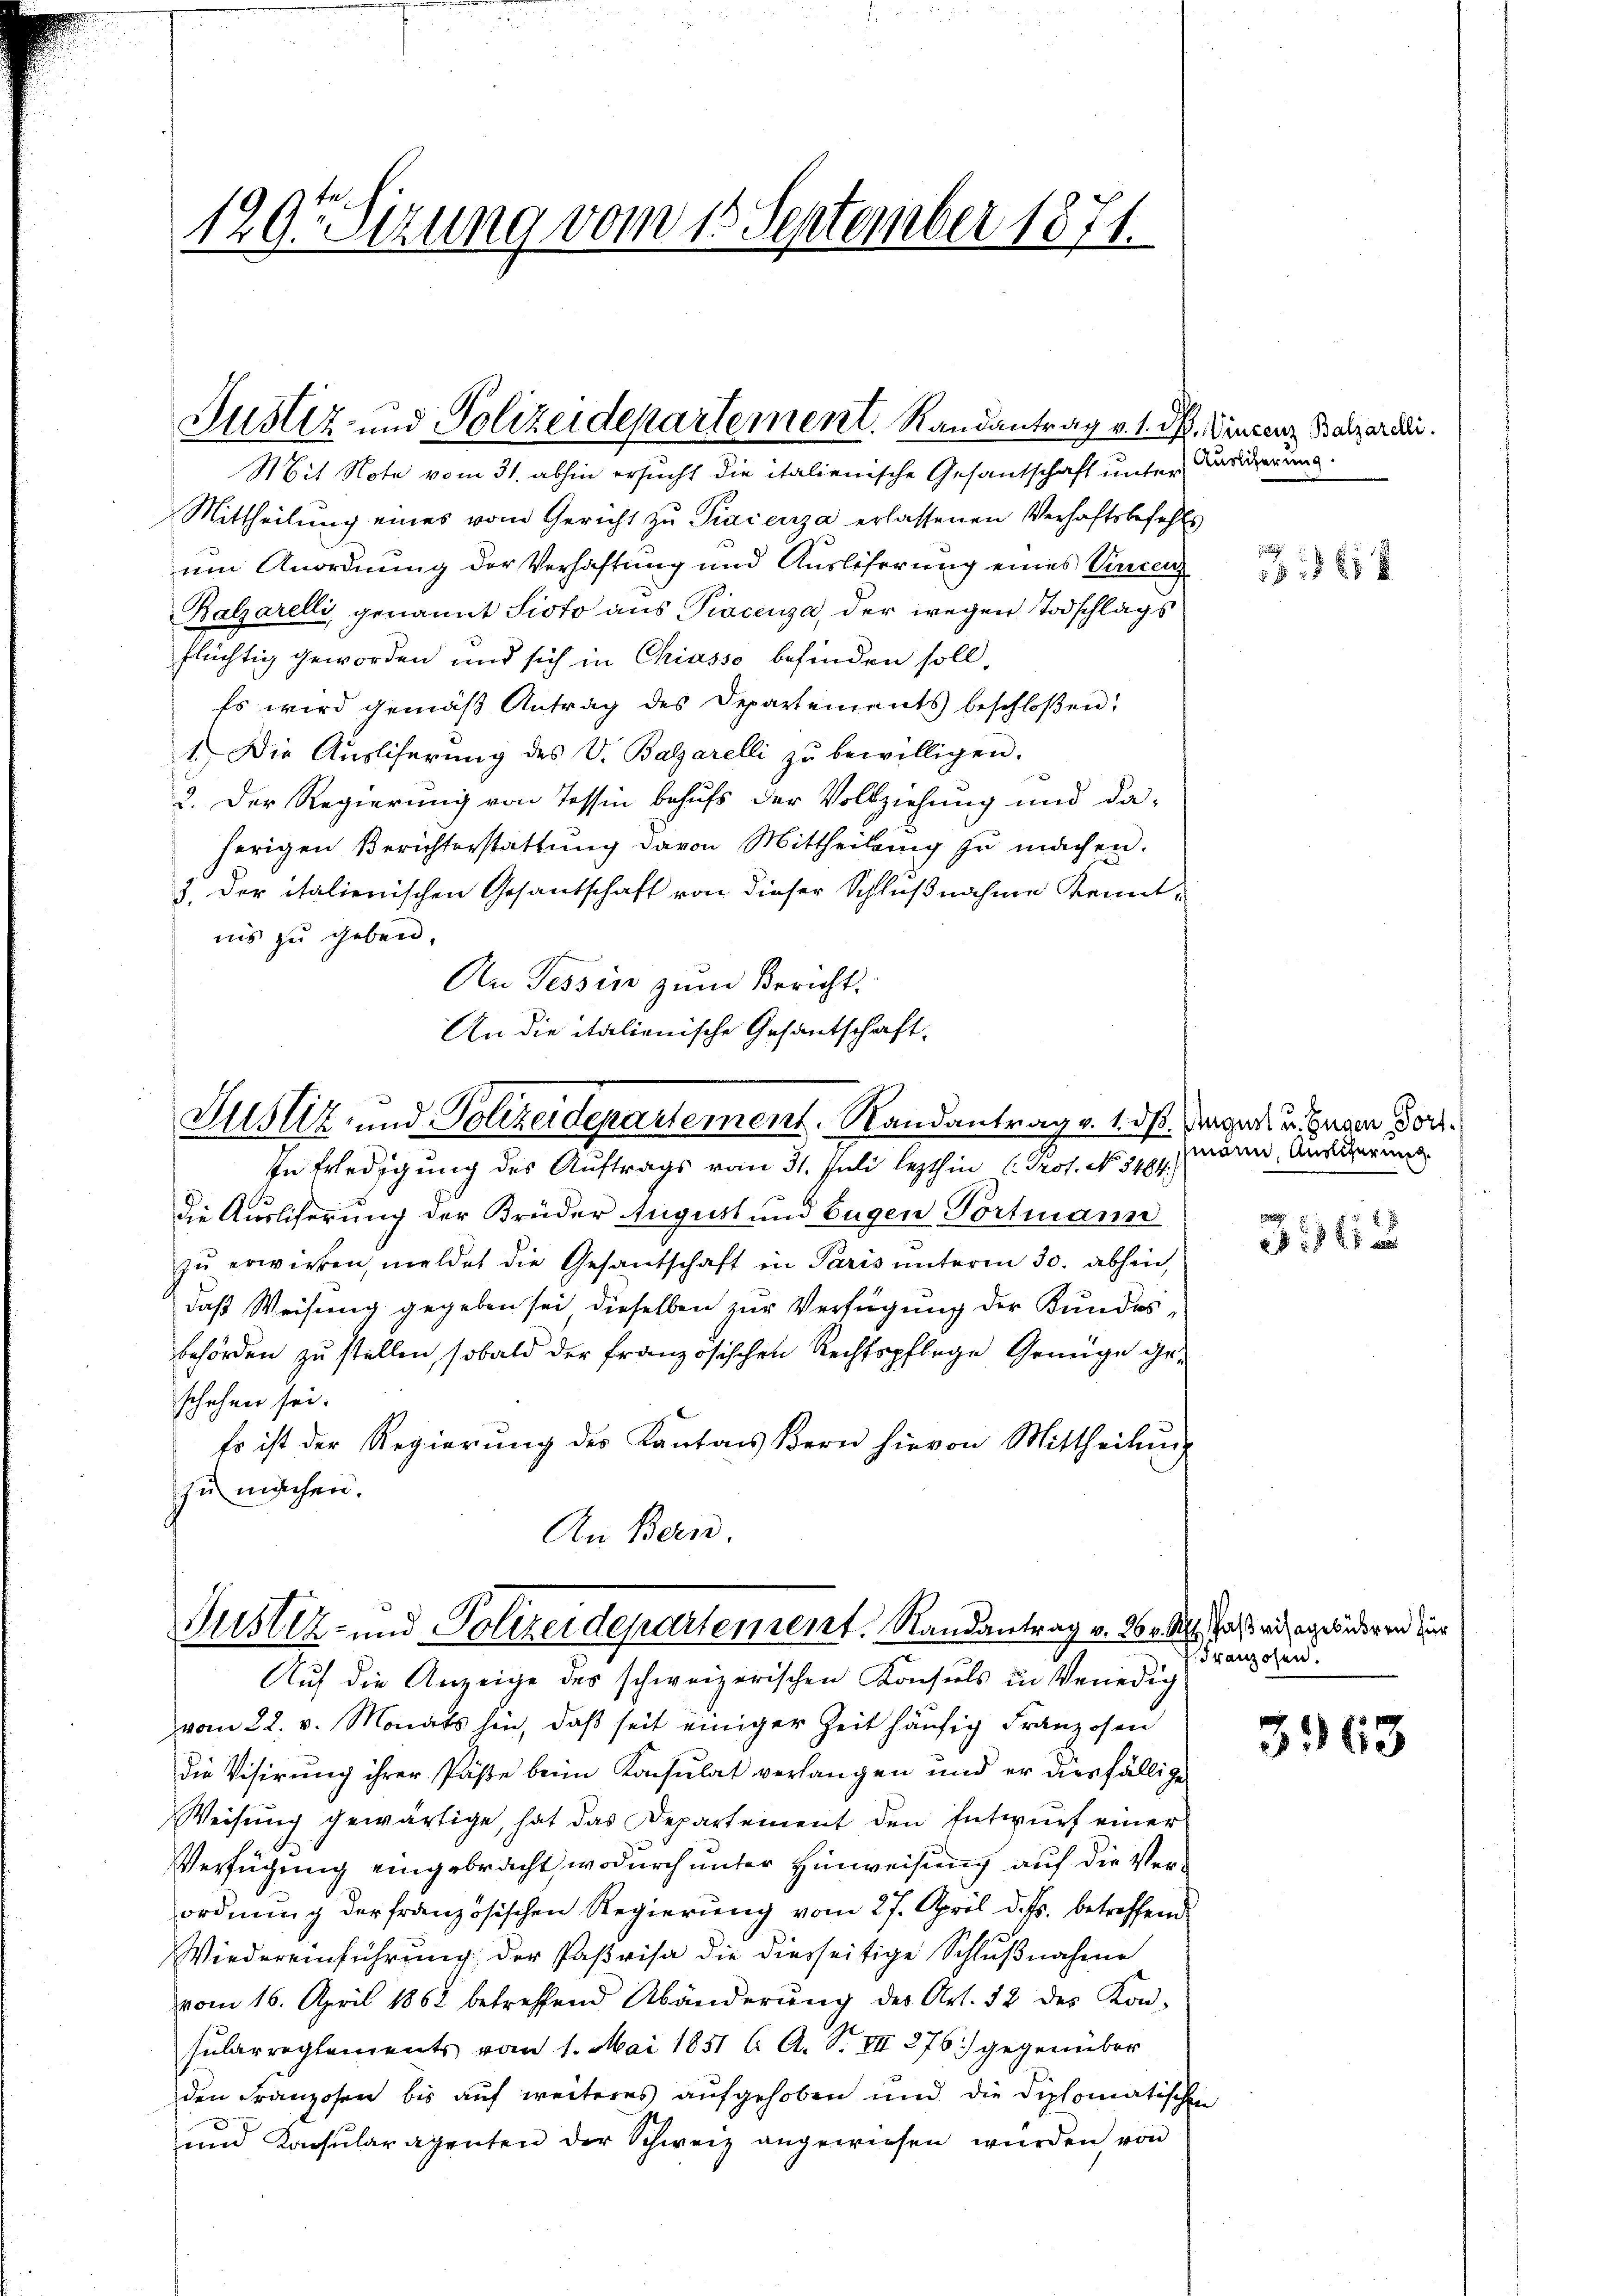
120ten Sizung vom 15. September 1871.

Mittheilung eines vom Gericht zu Praienza erlassenen Verhaftsbefehls
um Anordnung der Verhaftung und Auslieferung eines Vincenz
Kalzarelli, genannt Sisto aus Piecenza, der wegen Todschlags
flüchtig geworden und sich in Chiasso befinden soll.
Es wird gemäß Antrag des Departements beschloßen:
1.) Die Aŭsliserŭng des V. Balgarelli zŭ bewilligen.
2. Der Regierung von Tessin behufs der Vollziehung und daherigen Berichterstattung davon Mittheilung zu machen.
3. Der italienischen Gesantschaft von dieser Schlußnahme Kenntiis zu gebend,
An Tessin zŭm Bericht.
An die italienische Gesantschaft,

Justiz- und Polizeidepartement. Randantrag v. 1. M. Vincenz Bazarddi.
Mit Note vom 31. abhin ersucht die italienische Gesantschaft unter Karderung.

Justiz- und Polizeidepartement. Randantrag v. 1. ds. angen u. Hasen Vort.
In Erledigung des Auftrags vom 31. Juli lezthin (Prof. No. 5464.)

Justiz- und Polizeidepartement, Randantrag v. 20. Mts. dass wider winderen dür

die Ausliferung der Brüder August und Eugen Tortmann
zŭ erwirken, meldet die Gesantschaft in Paris ŭnterm 30. abhin,
daß Weisung gegeben sei dieselben zur Verfügung der Kundesbehörden zu stellen, sobald der französischen Rechtspflege Genüge ge-
schehen sei.
Es ist der Regierung des Kantons Bern hievon Mittheilŭng
zu machen.
An Bern,

Auf die Anzeige des schweizerischen Konsuls in Venedig
vom 22. v. Monats hin, daß seit einiger Zeit häufig Franzosen
die Visirung ihrer Päße beim Konsulat verlangen und er diesfällige
Weisung gewärtige, hat das Departement den Entwurf einer
Verfügung eingebracht, wodurch unter Hinweisung auf die Verordnung der französischen Regierung vom 27. April d. Js. betreffend
Wiedereinführung der Paßvisa die diesseitige Schlußnahme
vom 16. April 1862 betreffend Abänderŭng des Art. 12 des Kon-
sularreglements vom 1. Mai 1851 l. A. S. VII 276) gegenüber
den Franzosen bis auf weiteres aufgehoben und die diplomatischen
ŭnd Konsularagenten der Schweiz angewiesen würden, von

e

mann, Ausliterung.

2 x

Franzosen.

3963